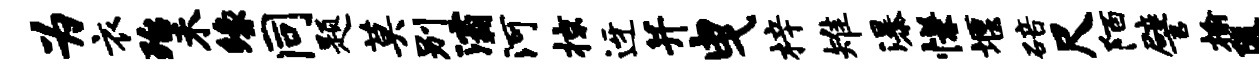
为衣殆未缘同题莫别灞河掠迓并曳梓雉瀑慊堰碚尺陌譬榆隳